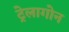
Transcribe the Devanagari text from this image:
ट्रेलागोन